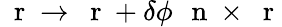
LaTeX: \mathrm{~\mathbf~r~}\to\mathrm{~\mathbf~r~}+\delta\phi\, \mathrm{~\mathbf~n~}\times\mathrm{~\mathbf~r~}